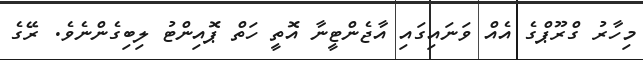
މިހާރު ގްރޫޕްގެ އެއް ވަނައިގައި އާޖެންޓީނާ އޮތީ ހަތް ޕޮއިންޓު ލިބިގެންނެވެ. ރޭގެ